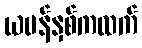
ယမန်နှစ်ကထက်